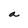
Character: a